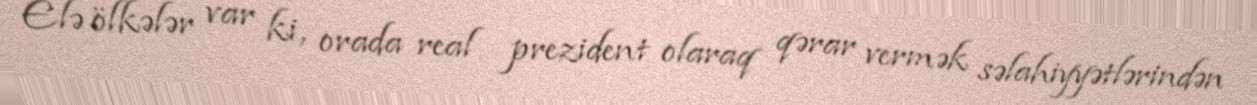
Elə ölkələr var ki, orada real prezident olaraq qərar vermək səlahiyyətlərindən